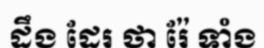
ដឹង ដែរ ថា រ៉ែ ទាំង